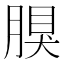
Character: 𦝳